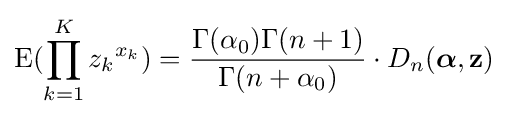
\operatorname {E} (\prod \limits _{k=1}^{K}{z_{k}}^{x_{k}})={\frac {\Gamma (\alpha _{0})\Gamma (n+1)}{\Gamma (n+\alpha _{0})}}\cdot D_{n}({\boldsymbol {\alpha }},\mathbf {z} )